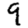
Digit: 9